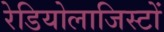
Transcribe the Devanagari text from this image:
रेडियोलाजिस्टों